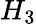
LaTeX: H_{3}